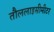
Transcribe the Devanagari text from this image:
तौललाइसीमीटर